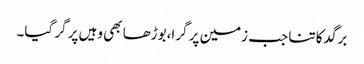
برگد کا تنا جب زمین پر گرا،بوڑھا بھی وہیں پر گر گیا۔